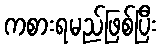
ကစားရမည်ဖြစ်ပြီး